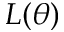
L ( \theta )